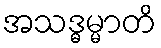
အသဒ္ဓမ္မာတိ